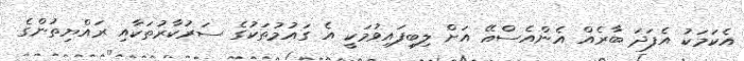
އެކަމަކު އެފަދަ ބާރެއް އެންއެސްއޭ އަށް ލިބިފައިވުމަކީ އެ ގައުމުތަކުގެ ސަރުކާރުތަކާއި ރައްޔިތުންގެ